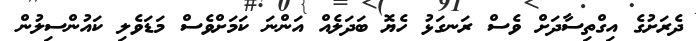
ދެރަށުގެ އިގްތިސާދަށް ވެސް ރަނގަޅު ހެޔޮ ބަދަލެއް އަންނަ ކަމަށްވެސް މަޑަވެލި ކައުންސިލުން